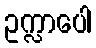
ဥက္လာပေါ